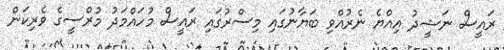
ރައީސް ނަޝީދު އިއްޔެ ނެރުއްވި ބަޔާނުގައި މިސްރުގައި ރައީސް މުހައްމަދު މުރްސީގެ ވެރިކަން